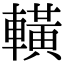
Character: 𨎩